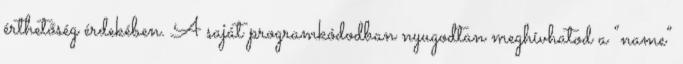
érthetőség érdekében. A saját programkódodban nyugodtan meghívhatod a “name”